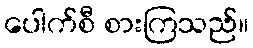
ပေါက်စီ စားကြသည်။